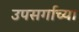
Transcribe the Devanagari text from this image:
उपसर्गाच्या